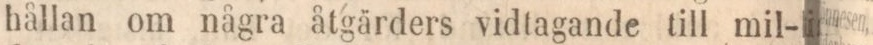
hållan om några åtgärders vidtagande till mil-